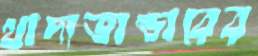
খাদ্যভান্ডারের